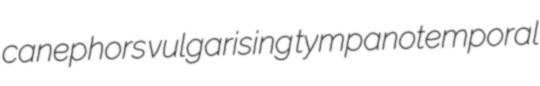
canephors vulgarising tympanotemporal